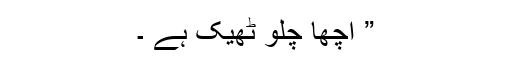
” اچھا چلو ٹھیک ہے ۔